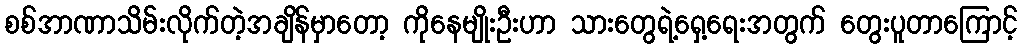
စစ်အာဏာသိမ်းလိုက်တဲ့အချိန်မှာတော့ ကိုနေမျိုးဦးဟာ သားတွေရဲ့ရှေ့ရေးအတွက် တွေးပူတာကြောင့်